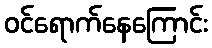
ဝင်ရောက်နေကြောင်း